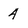
Character: 4